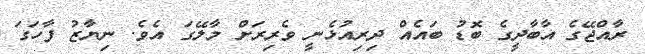
ރާއްޖޭގެ އާބާދީގެ ބޮޑު ބައެއް ދިރިއުޅެނީ ވެރިރަށް މާލޭގަ އެވެ. ނިޔާޒު ފާހަގަ